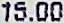
15.00